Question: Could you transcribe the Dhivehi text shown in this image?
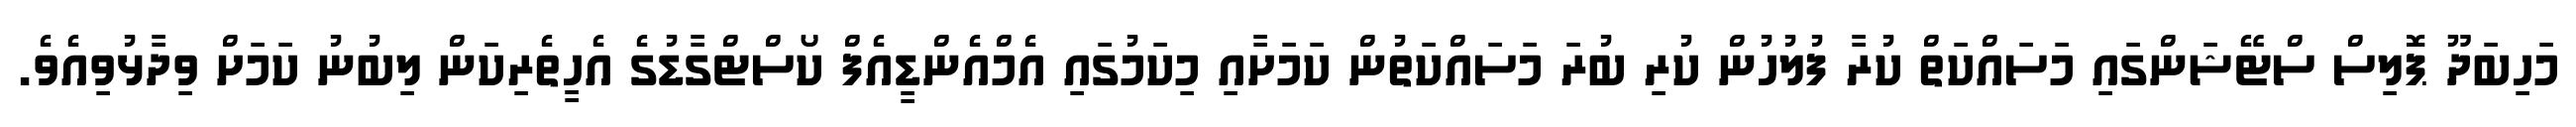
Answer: މަހިބަދޫ ޕޮލިސް ސްޓޭޝަންގައި މަސައްކަތް ކުރާ ފުލުހުން ކުރި ބުރަ މަސައްކަތުން ކަމަށާއި މިކަމުގައި އެމްއެންޑީއެފް ކޯސްޓްގާޑުގެ އެހީތެރިކަން ލިބުނު ކަމަށް ވިދާޅުވިއެވެ.